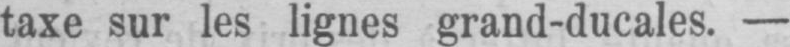
taxe sur les lignes grand-ducales. -